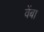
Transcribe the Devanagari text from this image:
वेंबा